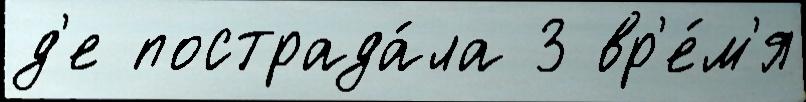
д'е пострада́ла 3 вр'е́м'я